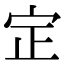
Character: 𡧡